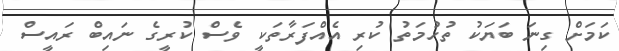
ކަމަށް ގިނަ ބަޔަކު ތުހުމަތު ކުރި އެއްފަރާތަކީ ވެސް ކުރީގެ ނައިބް ރައީސް